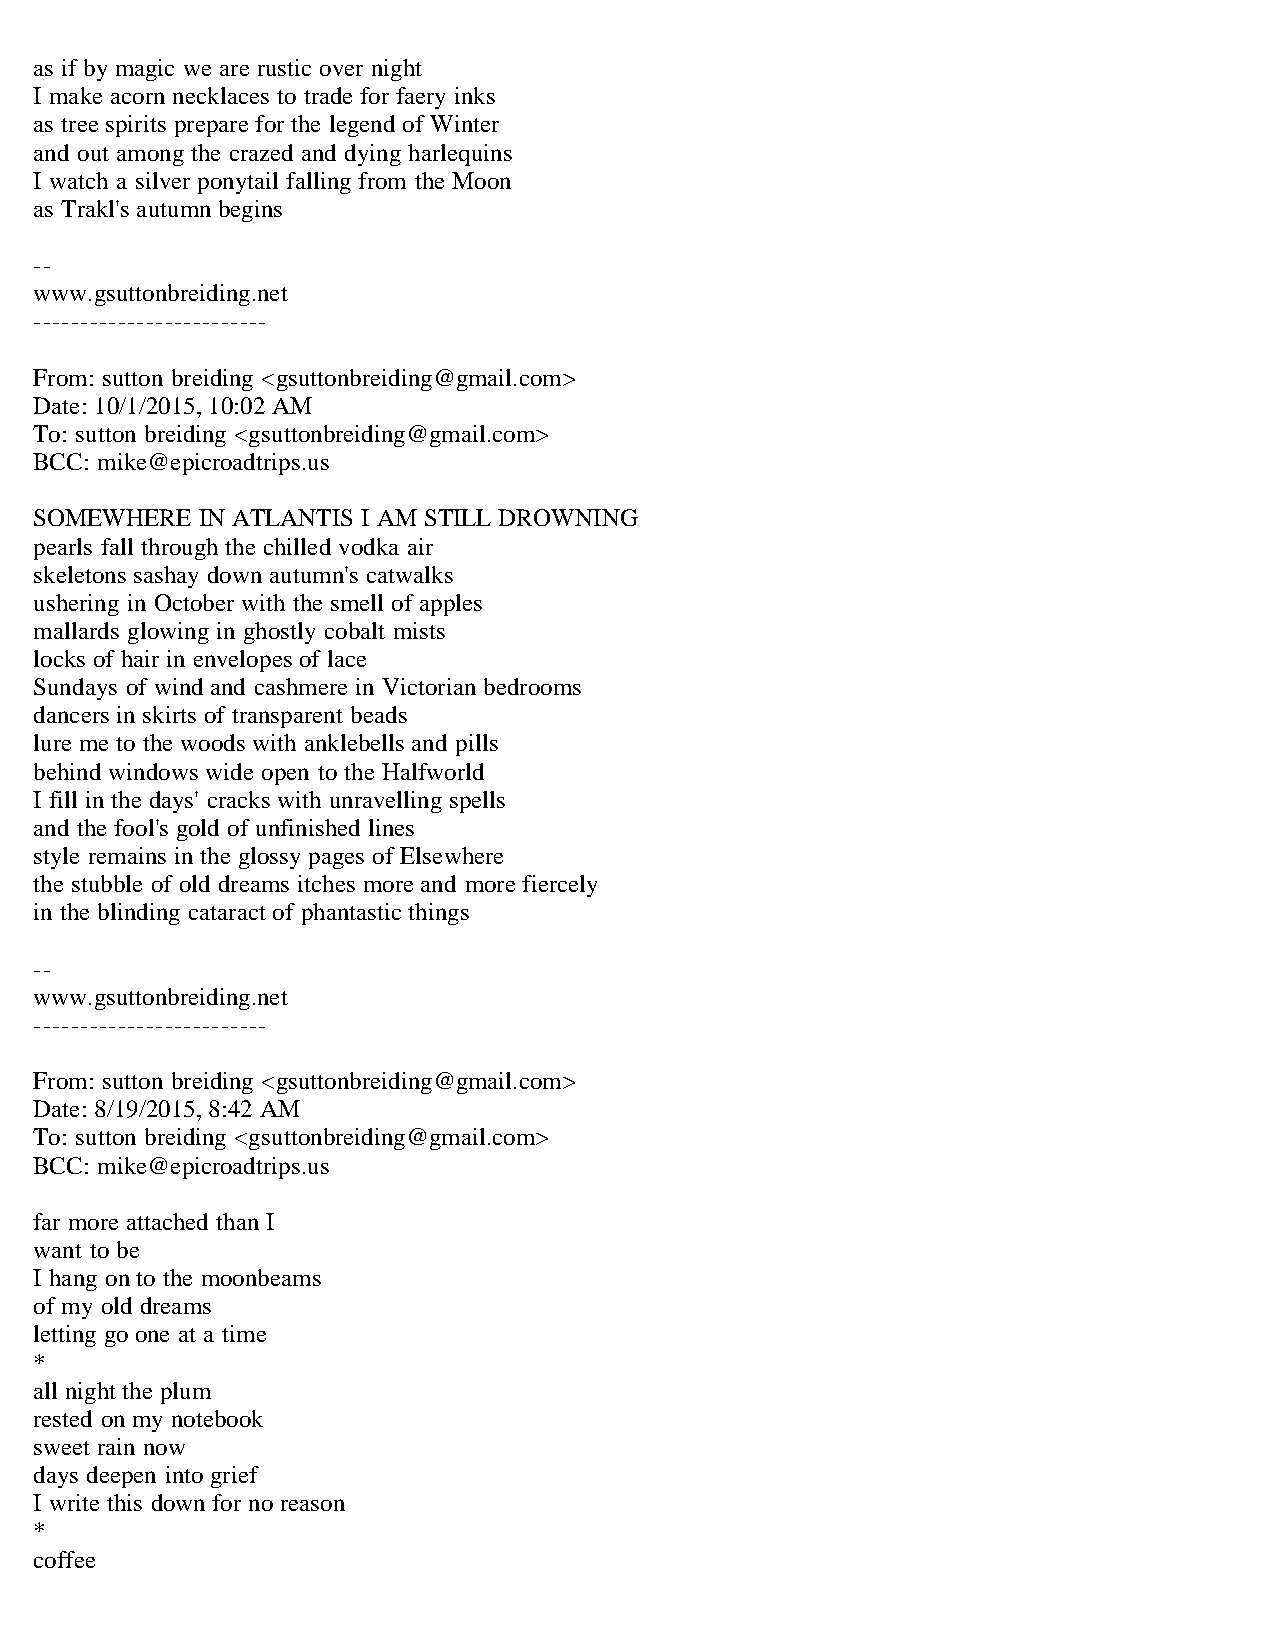
as if by magic we are rustic over night
 I make acorn necklaces to trade for faery inks
 as tree spirits prepare for the legend of Winter
 and out among the crazed and dying harlequins
 I watch a silver ponytail falling from the Moon
 as Trakl's autumn begins
 --
 www.gsuttonbreiding.net
 -------------------------
 From: sutton breiding <gsuttonbreiding@gmail.com>
 Date: 10/1/2015, 10:02 AM
 To: sutton breiding <gsuttonbreiding@gmail.com>
 BCC: mike@epicroadtrips.us
 SOMEWHERE  IN ATLANTIS I AM STILL DROWNING
 pearls fall through the chilled vodka air
 skeletons sashay down autumn's catwalks
 ushering in October with the smell of apples
 mallards glowing in ghostly cobalt mists
 locks of hair in envelopes of lace
 Sundays of wind and cashmere in Victorian bedrooms
 dancers in skirts of transparent beads
 lure me to the woods with anklebells and pills
 behind windows wide open to the Halfworld
 I fill in the days' cracks with unravelling spells
 and the fool's gold of unfinished lines
 style remains in the glossy pages of Elsewhere
 the stubble of old dreams itches more and more fiercely
 in the blinding cataract of phantastic things
 --
 www.gsuttonbreiding.net
 -------------------------
 From: sutton breiding <gsuttonbreiding@gmail.com>
 Date: 8/19/2015, 8:42 AM
 To: sutton breiding <gsuttonbreiding@gmail.com>
 BCC: mike@epicroadtrips.us
 far more attached than I
 want to be
 I hang on to the moonbeams
 of my old dreams
 letting go one at a time
 *
 all night the plum
 rested on my notebook
 sweet rain now
 days deepen into grief
 I write this down for no reason
 *
 coffee